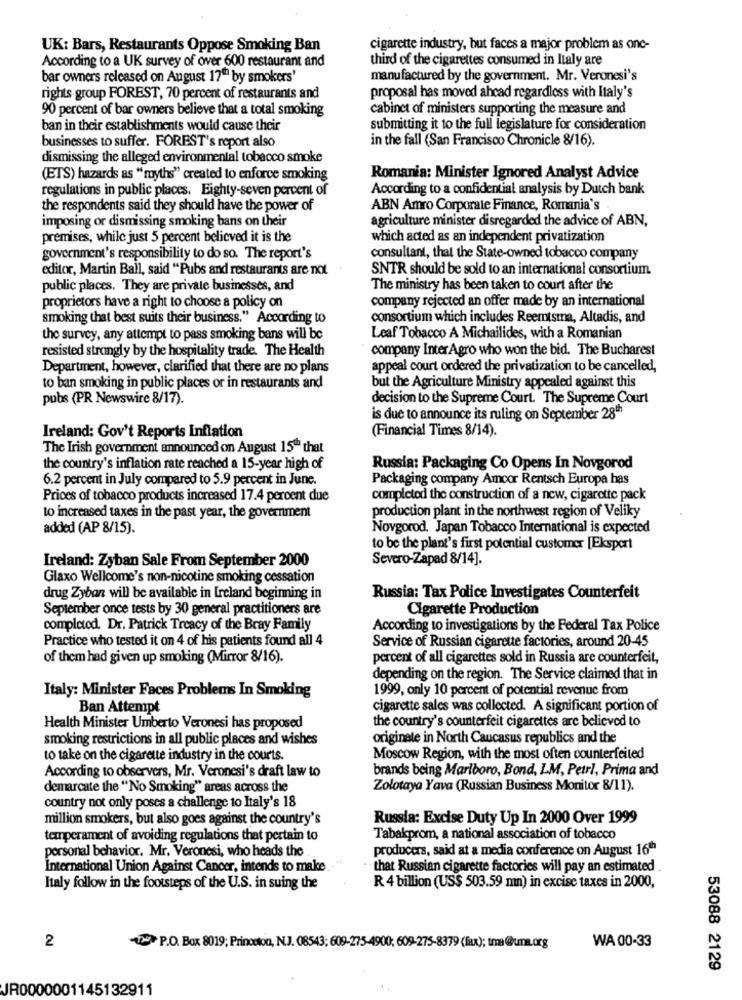
UK: Bars, Restaurants Oppose Smoking Ban
cigarette industry, but faces a major problem as one-
According to a UK survey of over 600 restaurant and
third of the cigarettes consumed in Italy are
bar owners released on August 17"" by smokers'
manufactured by the government. Mr. Veronesi's
rights group FOREST, 70 percent of restaurants and
proposal has moved ahcad regardless with Italy's
90 percent of bar owners believe that a total smoking
cabinet of ministers supporting the measure and
ban in their establishments would cause their
submitting it to the full legislature for consideration
businesses to suffer. FOREST's report also
in the fall (San Francisco Chronicle 8/16).
dismissing the alleged environmental tobacco smoke
(ETS) hazards as "myths" created to enforce smoking
Romania: Minister Ignored Analyst Advice
regulations in public places. Eighty-seven percent of
According to a confidential analysis by Dutch bank
the respondents said they should have the power of
ABN Amro Corporate Finance, Romania's
imposing or dismissing smoking bans on their
agriculture minister disregarded the advice of ABN,
premises, while just 5 percent believed it is the
which acted as an independent privatization
government's responsibility to do so. The report's
consultant, that the State-owned tobacco company
editor, Martin Ball, said "Pubs and restaurants are not
SNTR should be sold to an international consortium.
public places, They are private businesses, and
The ministry has been taken to court after the
company rejected an offer made by an international
proprietors have a right to choose a policy on
smoking that best suits their business." According to
consortium which includes Reemtsma, Altadis, and
the survey, any attempt to pass smoking bans will be
Leaf Tobacco A Michailides, with a Romanian
resisted strongly by the hospitality trade. The Health
company Inter Agro who won the bid. The Bucharest
Department, however, clarified that there are no plans
appeal court ordered the privatization to be cancelled,
to ban smoking in public places or in restaurants and
but the Agriculture Ministry appealed against this
pubs (PR Newswire 8/17).
decision to the Supreme Court. The Supreme Court
is due to announce its ruling on September 28th
(Financial Times 8/14).
Ireland: Gov't Reports Inflation
The Irish government announced on August 15" that
the country's inflation rate reached a 15-year high of
Russia: Packaging Co Opens In Novgorod
6.2 percent in July compared to 5.9 percent in June.
Packaging company Amcor Rentsch Europa has
Prices of tobacco products increased 17.4 percent due
completed the construction of a new, cigarette pack
to increased taxes in the past year, the government
production plant in the northwest region of Veliky
added (AP 8/15).
Novgorod. Japan Tobacco International is expected
to be the plant's first potential customer [Ekspert
Ireland: Zyban Sale From September 2000
Severo-Zapad 8/14].
Glaxo Wellcome's non-nicotine smoking cessation
drug Zyban will be available in Ireland beginning in
Russia: Tax Police Investigates Counterfeit
September once tests by 30 general practitioners are
Cigarette Production
completed. Dr. Patrick Treacy of the Bray Family
According to investigations by the Federal Tax Police
Practice who tested it on 4 of his patients found all 4
Service of Russian cigarette factories, around 20-45
of them had given up smoking (Mirror 8/16).
percent of all cigarettes sold in Russia are counterfeit,
depending on the region. The Service claimed that in
Italy: Minister Faces Problems In Smoking
1999, only 10 percent of potential revenue from
Ban Attempt
cigarette sales was collected. A significant portion of
the country's counterfeit cigarettes are believed to
Health Minister Umberto Veronesi has proposed
smoking restrictions in all public places and wishes
originate in North Caucasus republics and the
to take on the cigarette industry in the courts.
Moscow Region, with the most often counterfeited
According to observers, Mr. Veronesi's draft law to
brands being Marlboro, Bond, LM, Petr !, Prima and
demarcate the "No Smoking" areas across the
Zolotaya Yava (Russian Business Monitor 8/11).
country not only poses a challenge to Italy's 18
million smokers, but also goes against the country's
Russia: Excise Duty Up In 2000 Over 1999
temperament of avoiding regulations that pertain to
Tabakprom, a national association of tobacco
personal behavior. Mr. Veronesi, who heads the
producers, said at a media conference on August 16h
International Union Against Cancer, intends to make
that Russian cigarette factories will pay an estimated .
Italy follow in the footsteps of the U.S. in suing the
R 4 billion (US$ 503.59 mn) in excise taxes in 2000,
2
WA 00-33
P.O. Box 8019; Princeton, N.J. 08543; 609-275-4900; 609-275-8379 (Rx); tma@uma.org
53088 2129
JR0000001145132911